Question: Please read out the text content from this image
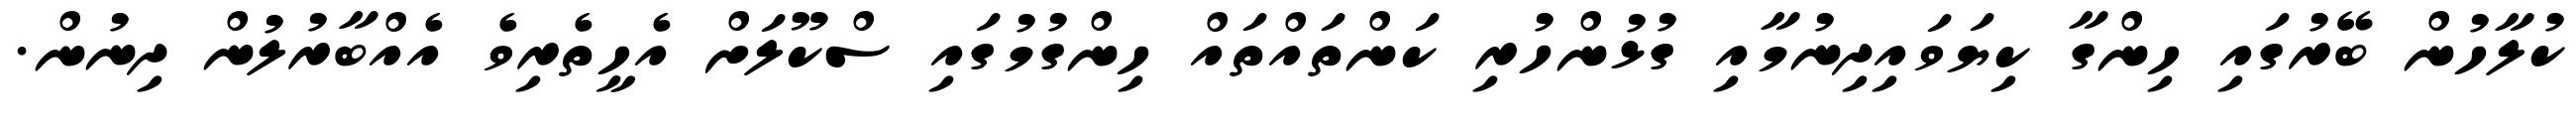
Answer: ކުލާހުން ބޭރުގައި ހިންގާ ކިޔަވައިދިނުމާއި ގުޅުންހުރި ކަންތައްތައް ހިންގުމުގައި ސްކޫލަށް އެހީތެރިވެ އެއްބާރުލުން ދިނުން.